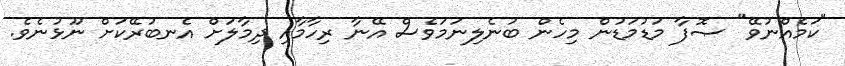
"ކަމެއްނުވޭ" ޞޮފާ މަޑުމަޑުން މިހެން ބުނެލިނަމަވެސް އޭނާ ރިހާމާއި ދިމާލަށް އެނބުރޭކަށް ނޫޅުނެވެ.